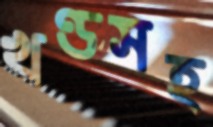
খণ্ডসহ